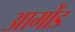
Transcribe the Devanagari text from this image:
आर्मोंड